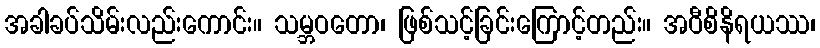
အခါခပ်သိမ်းလည်းကောင်း။ သမ္ဘဝတော၊ ဖြစ်သင့်ခြင်းကြောင့်တည်း။ အဝီစိနိရယဿ၊